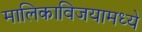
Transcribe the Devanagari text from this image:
मालिकाविजयामध्ये